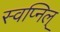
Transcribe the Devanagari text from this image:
स्वप्निल्